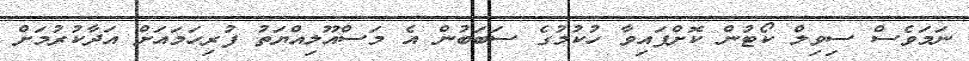
ނަމަވެސް ސިވިލް ކޯޓުން ކޮށްފައިވާ ހުކުމުގެ ސަބަބުން އެ މަސްއޫލިއްޔަތު ފުރިހަމައަށް އަދާކުރުމަށް